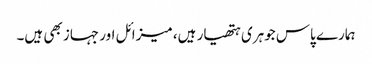
ہمارے پاس جوہری ہتھیار ہیں، میزائل اور جہاز بھی ہیں۔